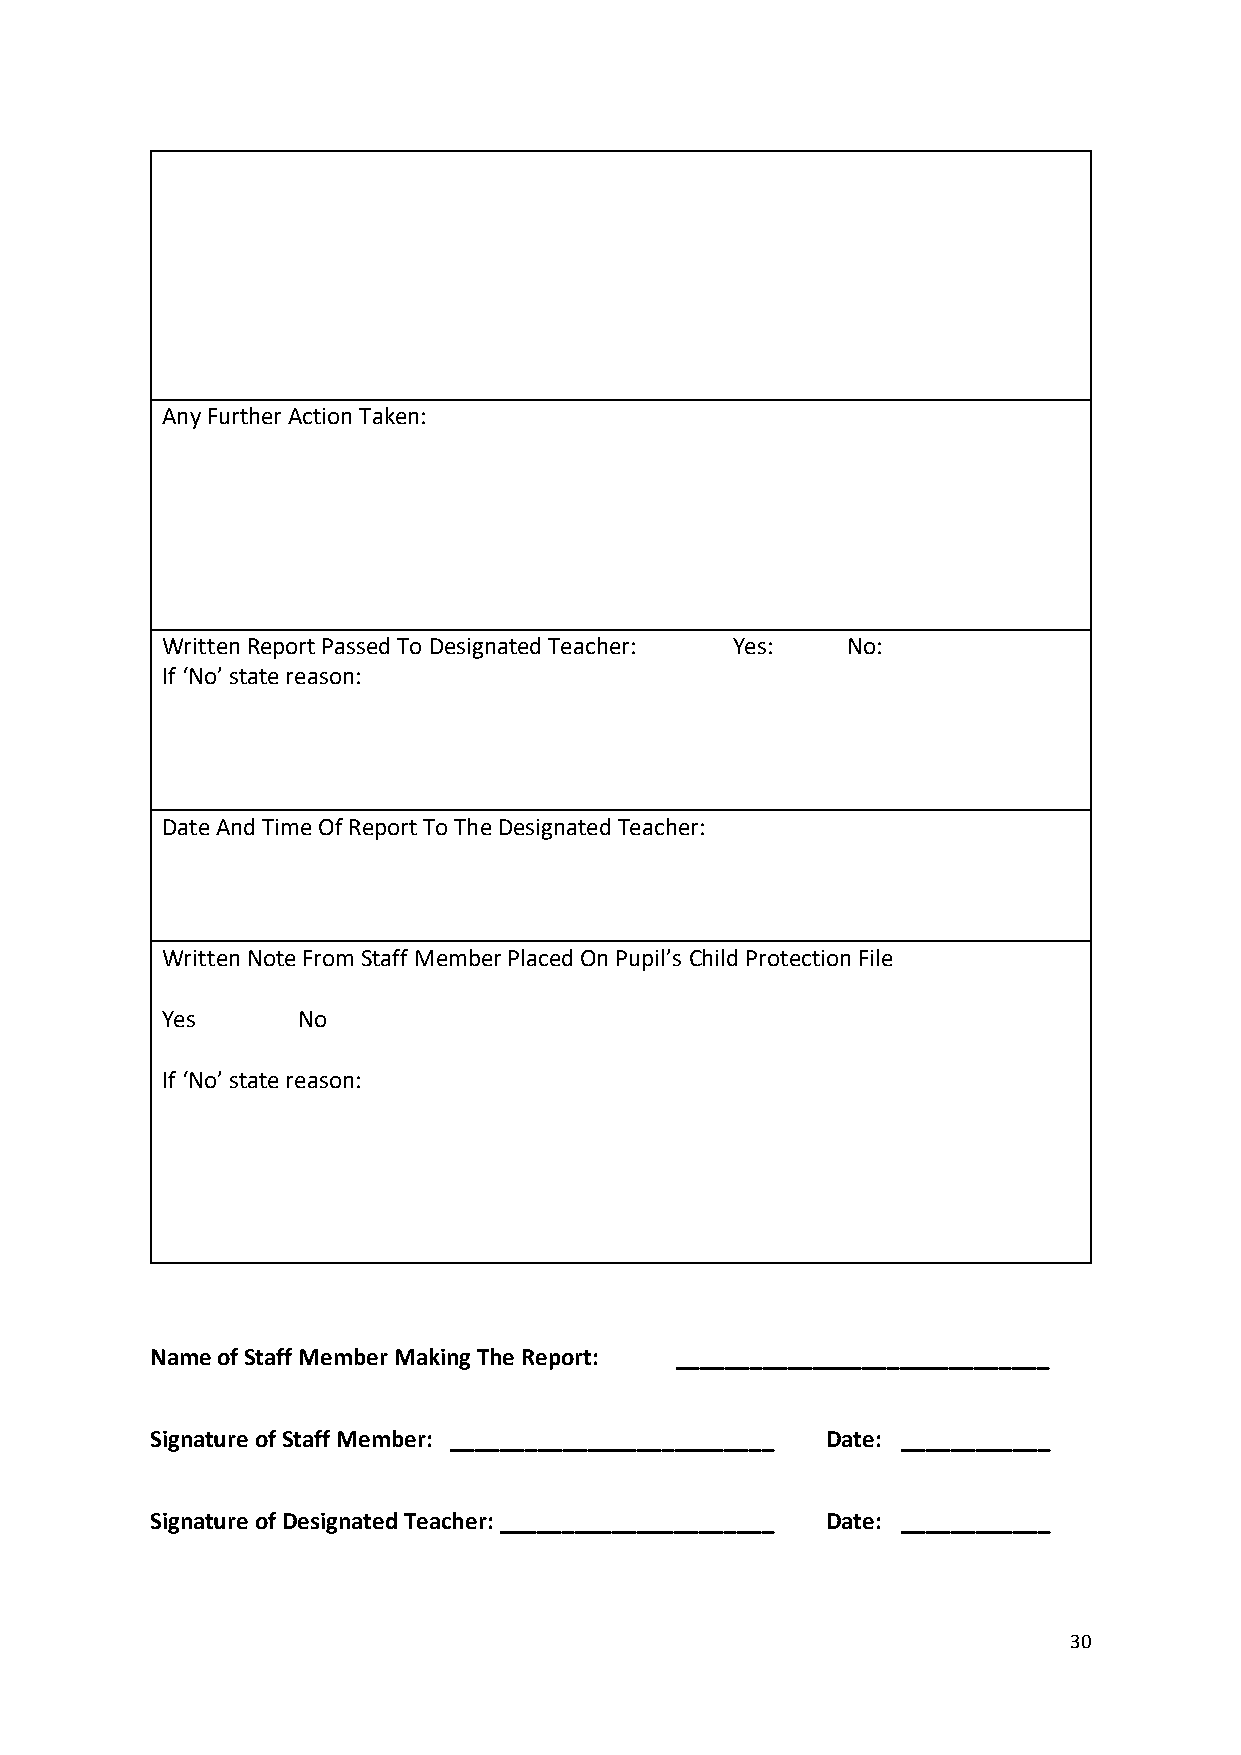
Any Further Action Taken:
 Written Report Passed To Designated Teacher: Yes: No:
 If ‘No’ state reason:
 Date And Time Of Report To The Designated Teacher:
 Written Note From Staff Member Placed On Pupil’s Child Protection File
 Yes      No
 If ‘No’ state reason:
 Name of Staff Member Making The Report: ______________________________
 Signature of Staff Member: __________________________ Date: ____________
 Signature of Designated Teacher: ______________________ Date: ____________
 30